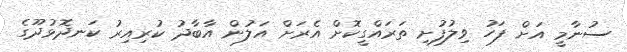
ސުނާމީ އަށް ފަހު ވިލުފުށި ތަރައްގީކޮށް އެރަށް އަލުން އާބާދު ކުރިއިރު ކަނދޮޅުދޫގެ